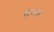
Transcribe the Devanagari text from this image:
मुंगस